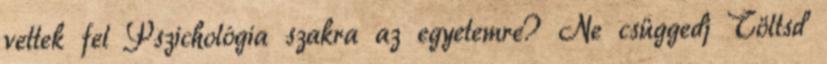
vettek fel Pszichológia szakra az egyetemre? Ne csüggedj Töltsd